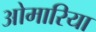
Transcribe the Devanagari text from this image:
ओमारिया